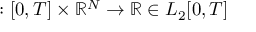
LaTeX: \mathbf { \delta } : [ 0 , T ] \times \mathbb { R } ^ { N } \rightarrow \mathbb { R } \in L _ { 2 } [ 0 , T ]